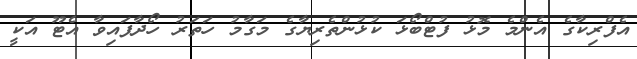
އެފްރިކާގެ އެންމެ މޮޅު ފުޓްބޯޅަ ކުޅުންތެރިޔާގެ މަގާމު ހަތަރު ހޯދާފައިވާ އެޓޫ އަކީ